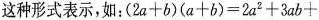
这种形式表示，如：$$( 2 a + b ) ( a + b ) = 2 a ^ { 2 } + 3 a b +